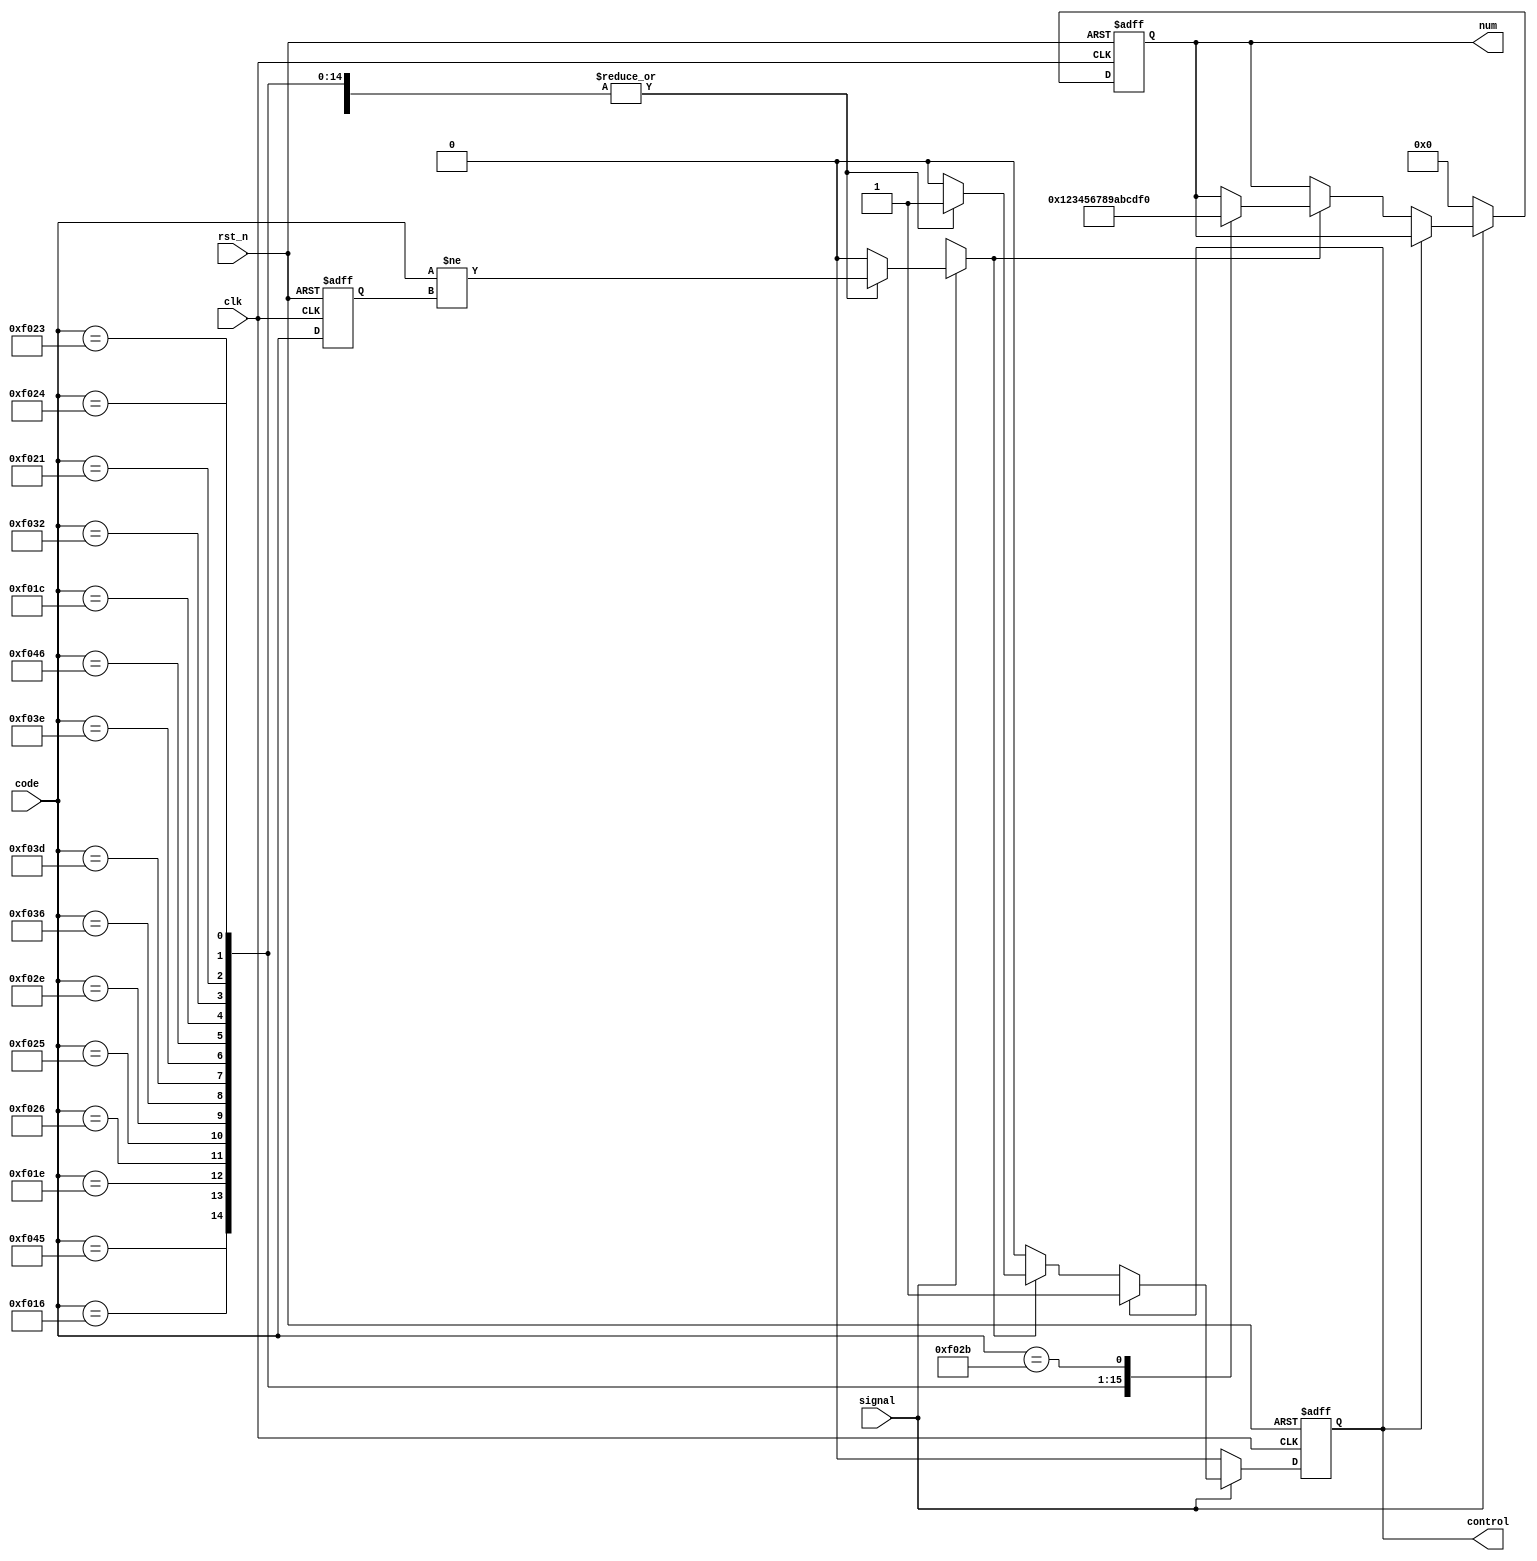
module scan_codes (
    input           clk,
    input           rst_n,
    input [15:0]    code,
    input           signal,
    output reg      control,
    output reg [3:0] num

);

reg [15:0] in_code, in_code_next; // last read code
reg control_next;
reg [3:0] num_next;
reg new_code;

always @(*) begin
    control_next = control;
    in_code_next = code;
    num_next = num;
    new_code = 1'b0;
    if(signal) begin
        // if signal is present than start catching codes
        case(code) // if code is break code of hex digit and is different from last code
        //  1       2       3       4       5       6       7       8       9       0
            'hF016, 'hF01E, 'hF026, 'hF025, 'hF02E, 'hF036, 'hF03D, 'hF03E, 'hF046, 'hF045,
        //  A       B       C       D       E       F
            'hF01C, 'hF032, 'hF021, 'hF023, 'hF024, 'hF02B: new_code = code != in_code; // not good probably but works // TODO: Fix
            default: new_code = 0;
        endcase

        if(control) begin
            // if control is 1 and signal is 1 keep it up
            control_next = control;
            num_next = num;
        end
        else begin
            // if control is not 1 then if there is new_code
            if(new_code) begin
                control_next = 1'b1;
                case(code)
                    'hF045: num_next = 4'h0;
                    'hF016: num_next = 4'h1;
                    'hF01E: num_next = 4'h2;
                    'hF026: num_next = 4'h3;
                    'hF025: num_next = 4'h4;
                    'hF02E: num_next = 4'h5;
                    'hF036: num_next = 4'h6;
                    'hF03D: num_next = 4'h7;
                    'hF03E: num_next = 4'h8;
                    'hF046: num_next = 4'h9;
                    'hF01C: num_next = 4'hA;
                    'hF032: num_next = 4'hB;
                    'hF021: num_next = 4'hC;
                    'hF023: num_next = 4'hD;
                    'hF024: num_next = 4'hE;
                    'hF02B: num_next = 4'hF;
                    default: control_next = 1'b0;
                endcase
            end
            else begin
                control_next = 1'b0;
            end    
        end
    
    end
    else begin
        control_next = 0;
        num_next = 4'h0;
    end


end

always @(posedge clk, negedge rst_n) begin 
    if(!rst_n) begin
        in_code <= 16'h0000;
        control <= 1'b0;
        num <= 4'h0;
    end
    else begin
        in_code <= in_code_next;
        num <= num_next;
        control <= control_next;
    end

end
    
endmodule